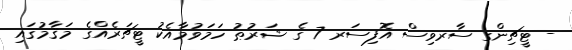
- ޓީޗިންގ ސާރވިސް އޮފިސަރ 7 ގެ ޝަރުޠު ހަމަވުމާއެކު ޓީޗަރެއްގެ މަޤާމުގައި